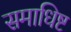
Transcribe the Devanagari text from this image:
समाधिष्ट